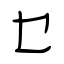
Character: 乜